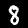
Digit: 8